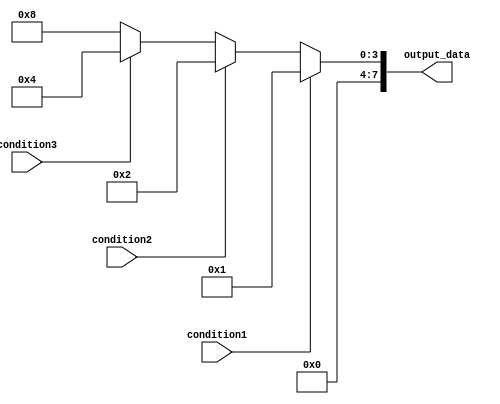
module multiple_if_else (
    input wire condition1,
    input wire condition2,
    input wire condition3,
    output reg [7:0] output_data
);

always @(*) begin
    if (condition1) begin
        output_data = 8'b00000001; // Assign output for condition1
    end
    else if (condition2) begin
        output_data = 8'b00000010; // Assign output for condition2
    end
    else if (condition3) begin
        output_data = 8'b00000100; // Assign output for condition3
    end
    else begin
        output_data = 8'b00001000; // Default case
    end
end

endmodule